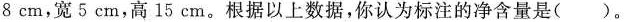
8cm,宽5cm,高15cm。根据以上数据，你认为标注的净含量是（）。